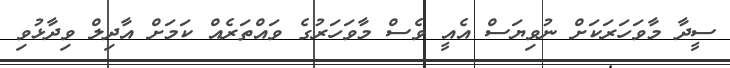
ސީދާ މާވަހަރަކަށް ނުވިޔަސް އެއީ ވެސް މާވަހަރުގެ ވައްތަރެއް ކަމަށް އާދިލް ވިދާޅުވި